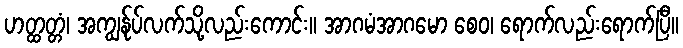
ဟတ္ထတ္တံ၊ အကျွန်ုပ်လက်သို့လည်းကောင်း။ အာဂမံအာဂမော စေဝ၊ ရောက်လည်းရောက်ပြီ။